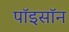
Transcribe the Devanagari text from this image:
पॉइसॉन